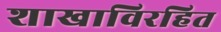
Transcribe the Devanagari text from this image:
शाखाविरहित